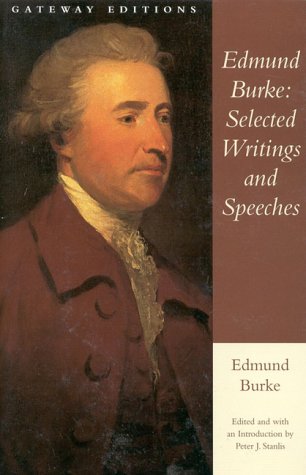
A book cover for Edmund Burke: Selected Writings and Speeches; Edmund Burke; Literature & Fiction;